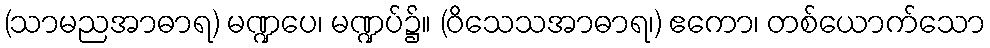
(သာမညအာဓာရ) မဏ္ဍပေ၊ မဏ္ဍပ်၌။ (ဝိသေသအာဓာရ၊) ဧကော၊ တစ်ယောက်သော